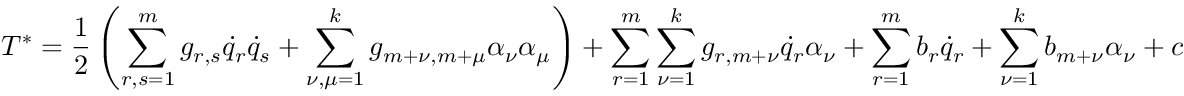
T ^ { * } = \frac { 1 } { 2 } \left( \sum _ { r , s = 1 } ^ { m } g _ { r , s } { \dot { q } } _ { r } { \dot { q } } _ { s } + \sum _ { \nu , \mu = 1 } ^ { k } g _ { m + \nu , m + \mu } \alpha _ { \nu } \alpha _ { \mu } \right) + \sum _ { r = 1 } ^ { m } \sum _ { \nu = 1 } ^ { k } g _ { r , m + \nu } { \dot { q } } _ { r } \alpha _ { \nu } + \sum _ { r = 1 } ^ { m } b _ { r } { \dot { q } } _ { r } + \sum _ { \nu = 1 } ^ { k } b _ { m + \nu } \alpha _ { \nu } + c